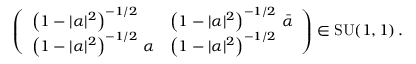
\left( \begin{array} { l l } { \left( 1 - \vert \alpha \vert ^ { 2 } \right) ^ { - 1 / 2 } } & { \left( 1 - \vert \alpha \vert ^ { 2 } \right) ^ { - 1 / 2 } \, \bar { \alpha } } \\ { \left( 1 - \vert \alpha \vert ^ { 2 } \right) ^ { - 1 / 2 } \, \alpha } & { \left( 1 - \vert \alpha \vert ^ { 2 } \right) ^ { - 1 / 2 } } \end{array} \right) \in \mathrm { S U } ( 1 , 1 ) \, .